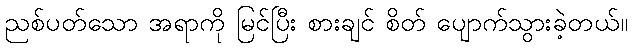
ညစ်ပတ်သော အရာကို မြင်ပြီး စားချင် စိတ် ပျောက်သွားခဲ့တယ်။